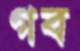
গব